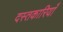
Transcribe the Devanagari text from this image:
दस्तकारियाँ